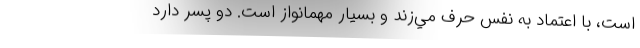
است، با اعتماد به نفس حرف مي‌زند و بسيار مهمانواز است. دو پسر دارد